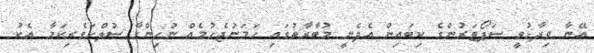
އޭނާ ވިދާޅުވީ ސަޕޯޓަރުންގެ ކިބައިން އެދެނީ މުބާރާތުގައި ހަމަނުޖެހުމެއް ނުހިންގާ ސުލްހަވެރިކަމާ އެކު